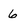
Character: 6